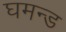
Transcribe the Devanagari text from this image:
घमन्ड